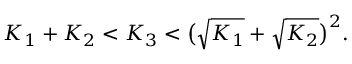
K _ { 1 } + K _ { 2 } < K _ { 3 } < \big ( \sqrt { K _ { 1 } } + \sqrt { K _ { 2 } } \big ) ^ { 2 } .